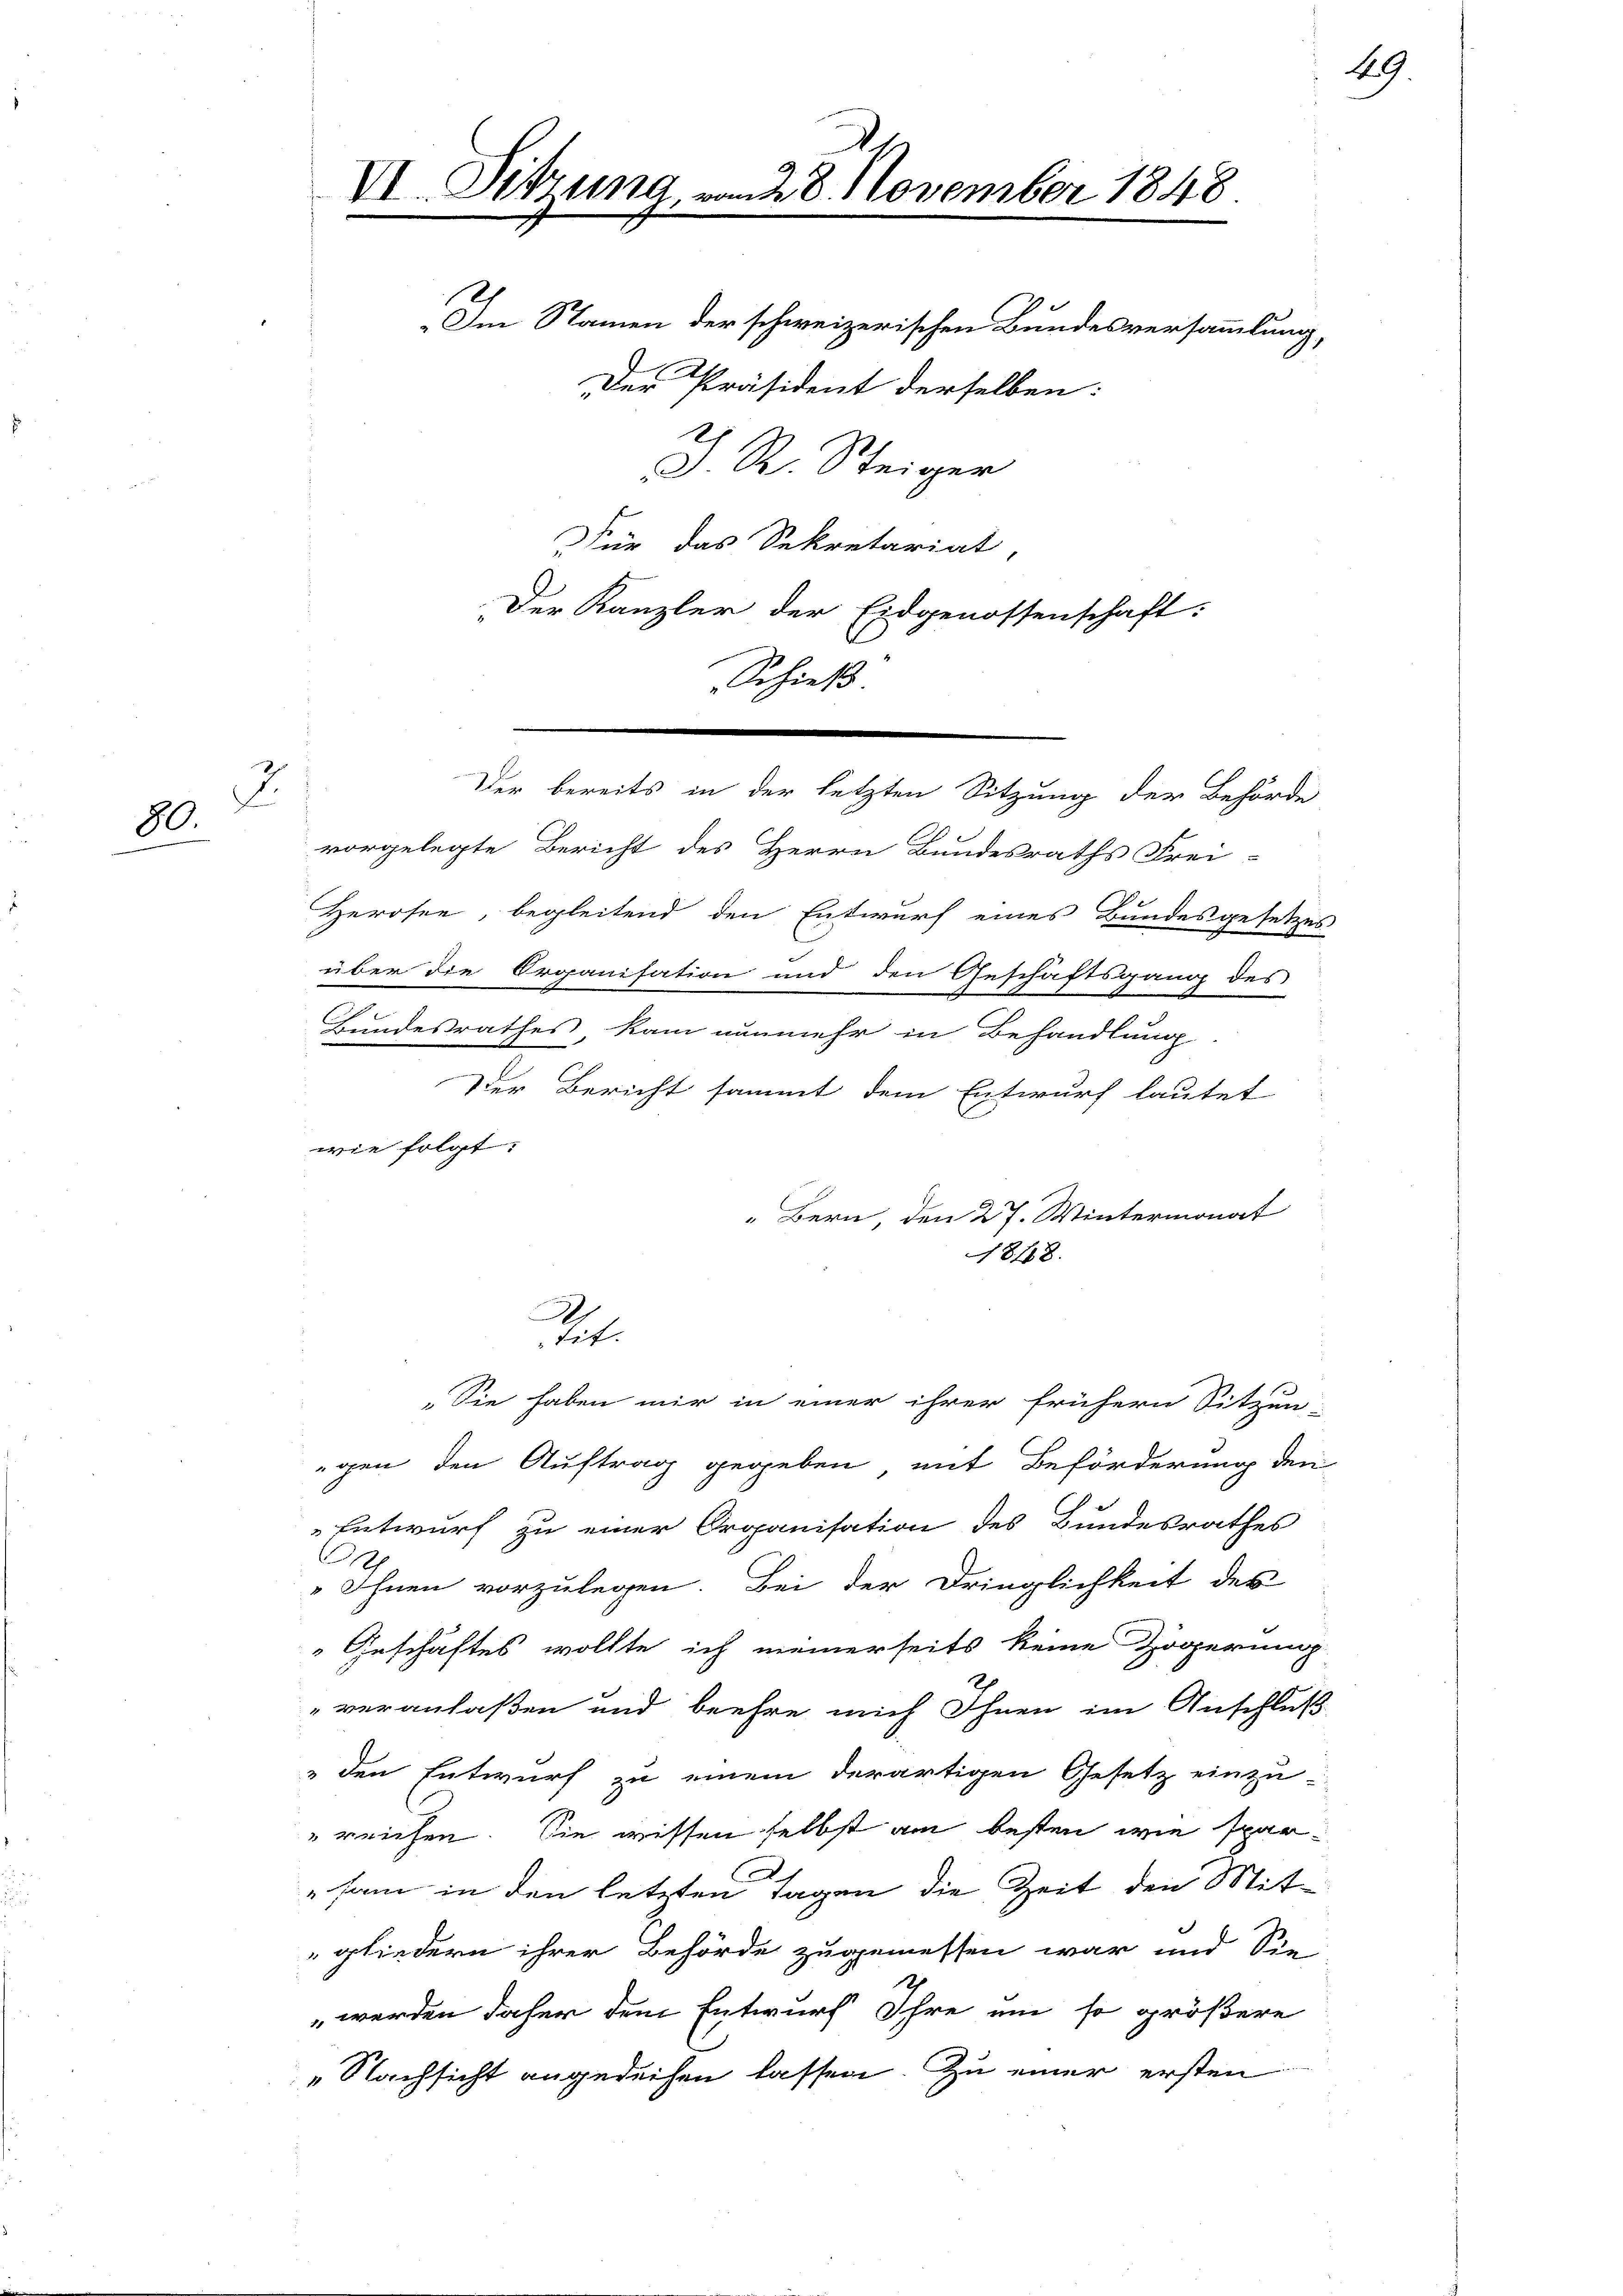
2.
n
80.

J. R. Steiger
Für das Sekretariat,
Der Kanzler der Eidgenossenschaft:
Schieß

Im Namen der schweizerischen Bundesversammlung,
.
Der Präsident derselben:

VI. Sitzung, vom 28. November 1848.

vorgelegte Bericht des Herrn Bundesraths Frei-
Herosen, begleitend den Entwurf eines Bundesgesetzes
über die Organisation und den Geschäftsgang des
Bundesrathes, kam nunmehr in Behandlung
Der Bericht sammt dem Entwurf lautet
wie folgt:
Bern, den 27. Wintermonat
1818.
.

Der bereits in der letzten Sitzung der Behörde

tit.

49.

„Sie haben mir in einer ihrer frühern Sitzun-
gen den Auftrag gegeben mit Beförderung den
Entwurf zu einer Organisation des Bundesrathes
"Ihnen vorzulegen. Bei der Dringlichkeit des
 Geschäftes wollte ich meinerseits keine Zögerung
"veranlaßen und beehre mich Ihnen im Anschluß
" den Entwurf zu einem derartigen Gesetz einzu-
"reichen. Sie wissen selbst am besten wie spar¬
A.
sam in den letzten Tagen die Zeit den Mit-
gliedern ihrer Behörde zugemessen war und Sie
 werden daher dem Entwurf Ihre um so größere
„Nachsicht angedeihen lassen. Zu einer ersten